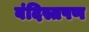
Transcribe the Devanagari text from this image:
बंदिस्तपण